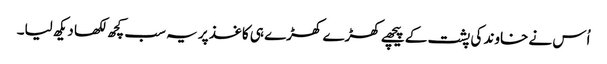
اُس نے خاوند کی پشت کے پیچھے کھڑے کھڑے ہی کاغذ پر یہ سب کچھ لکھا دیکھ لیا۔